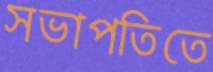
সভাপতিতে